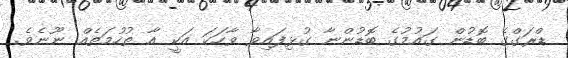
ޑްރަގްގެ ބޮޑުން ގައުމުގެ ބޮޑުންނާ ގުޅިފައިވާ ވާހަކަ އަކީ އާ ތުހުމަތެއް ނޫނެވެ.